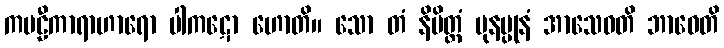
ကဗဠီကာရာဟာရော ပါကဋော ဟောတိ။ သော တံ နိမိတ္တံ ပုနပ္ပုနံ အာသေဝတိ ဘာဝေတိ